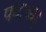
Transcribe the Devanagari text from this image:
पटाच्या